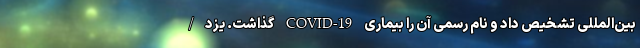
بین‌المللی تشخیص داد و نام رسمی آن را بیماری COVID-19 گذاشت. یزد/